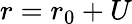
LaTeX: r=r_{0}+U